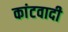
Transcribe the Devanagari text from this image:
कांटवादी